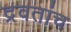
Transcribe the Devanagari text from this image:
द्रवतांच